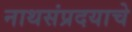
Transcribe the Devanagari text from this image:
नाथसंप्रदयाचे